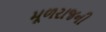
મૂળરાજની